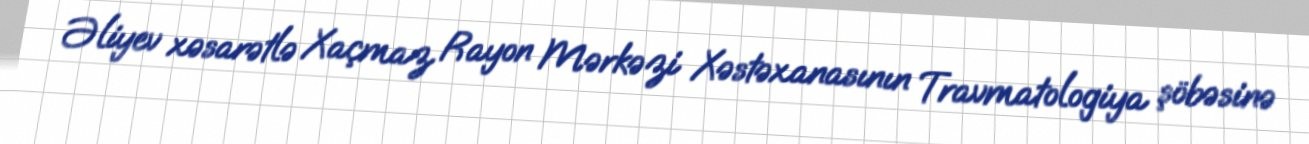
Əliyev xəsarətlə Xaçmaz Rayon Mərkəzi Xəstəxanasının Travmatologiya şöbəsinə